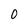
Character: 0